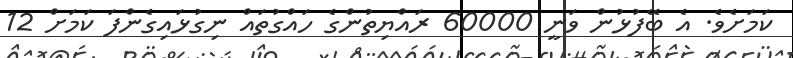
ކަމަށެވެ. އެ ބޭފުޅުން ވަނީ 60000 ރައްޔިތުންގެ ހައްގުތައް ނިގުޅައިގެންފަ ކަމަށް 12